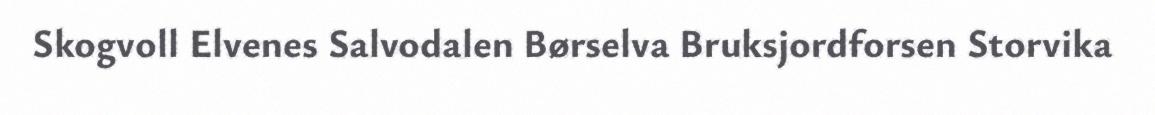
Skogvoll Elvenes Salvodalen Børselva Bruksjordforsen Storvika